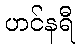
ဟင်နရီ